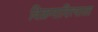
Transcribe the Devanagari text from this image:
विक्रमादित्याला